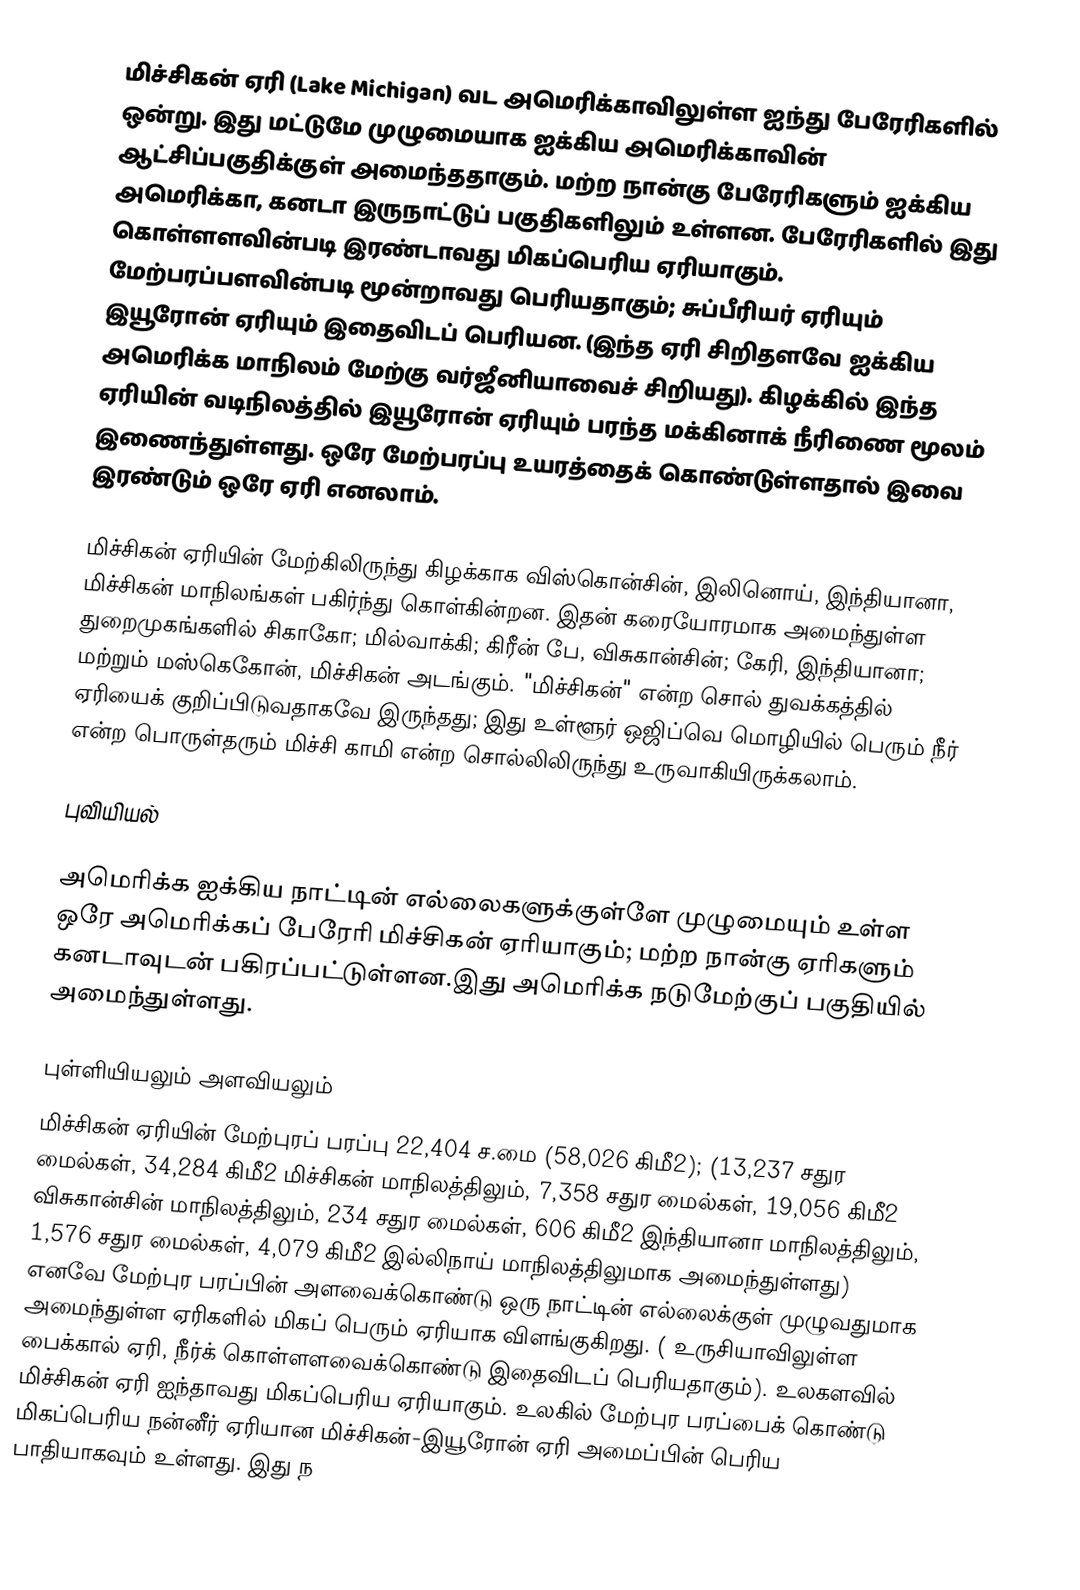
மிச்சிகன் ஏரி (Lake Michigan)  வட அமெரிக்காவிலுள்ள ஐந்து பேரேரிகளில் ஒன்று. இது மட்டுமே முழுமையாக ஐக்கிய அமெரிக்காவின் ஆட்சிப்பகுதிக்குள்  அமைந்ததாகும். மற்ற நான்கு பேரேரிகளும் ஐக்கிய அமெரிக்கா, கனடா இருநாட்டுப் பகுதிகளிலும் உள்ளன. பேரேரிகளில் இது கொள்ளளவின்படி இரண்டாவது மிகப்பெரிய ஏரியாகும். மேற்பரப்பளவின்படி மூன்றாவது பெரியதாகும்; சுப்பீரியர் ஏரியும் இயூரோன் ஏரியும் இதைவிடப் பெரியன.  (இந்த ஏரி சிறிதளவே ஐக்கிய அமெரிக்க மாநிலம்  மேற்கு வர்ஜீனியாவைச் சிறியது). கிழக்கில் இந்த ஏரியின் வடிநிலத்தில் இயூரோன் ஏரியும்  பரந்த மக்கினாக் நீரிணை மூலம் இணைந்துள்ளது. ஒரே மேற்பரப்பு உயரத்தைக் கொண்டுள்ளதால் இவை இரண்டும் ஒரே ஏரி எனலாம்.

மிச்சிகன் ஏரியின் மேற்கிலிருந்து கிழக்காக  விஸ்கொன்சின், இலினொய், இந்தியானா, மிச்சிகன் மாநிலங்கள் பகிர்ந்து கொள்கின்றன. இதன் கரையோரமாக அமைந்துள்ள துறைமுகங்களில்  சிகாகோ; மில்வாக்கி; கிரீன் பே, விசுகான்சின்; கேரி, இந்தியானா; மற்றும் மஸ்கெகோன், மிச்சிகன் அடங்கும். "மிச்சிகன்" என்ற சொல் துவக்கத்தில் ஏரியைக் குறிப்பிடுவதாகவே இருந்தது;  இது உள்ளூர் ஒஜிப்வெ மொழியில் பெரும் நீர் என்ற பொருள்தரும் மிச்சி காமி என்ற சொல்லிலிருந்து உருவாகியிருக்கலாம்.

புவியியல்

அமெரிக்க ஐக்கிய நாட்டின் எல்லைகளுக்குள்ளே  முழுமையும் உள்ள ஒரே அமெரிக்கப் பேரேரி மிச்சிகன் ஏரியாகும்; மற்ற நான்கு ஏரிகளும் கனடாவுடன் பகிரப்பட்டுள்ளன.இது அமெரிக்க நடுமேற்குப் பகுதியில் அமைந்துள்ளது.

புள்ளியியலும்  அளவியலும்
மிச்சிகன் ஏரியின் மேற்புரப் பரப்பு 22,404 ச.மை (58,026 கிமீ2); (13,237 சதுர மைல்கள், 34,284 கிமீ2 மிச்சிகன் மாநிலத்திலும், 7,358 சதுர மைல்கள், 19,056 கிமீ2 விசுகான்சின் மாநிலத்திலும், 234 சதுர மைல்கள், 606 கிமீ2 இந்தியானா மாநிலத்திலும், 1,576 சதுர மைல்கள், 4,079 கிமீ2 இல்லிநாய் மாநிலத்திலுமாக அமைந்துள்ளது) எனவே மேற்புர பரப்பின் அளவைக்கொண்டு ஒரு நாட்டின் எல்லைக்குள் முழுவதுமாக அமைந்துள்ள ஏரிகளில்  மிகப் பெரும் ஏரியாக விளங்குகிறது. ( உருசியாவிலுள்ள பைக்கால் ஏரி, நீர்க் கொள்ளளவைக்கொண்டு  இதைவிடப் பெரியதாகும்). உலகளவில் மிச்சிகன் ஏரி ஐந்தாவது மிகப்பெரிய ஏரியாகும். உலகில் மேற்புர பரப்பைக் கொண்டு மிகப்பெரிய நன்னீர் ஏரியான  மிச்சிகன்-இயூரோன் ஏரி அமைப்பின் பெரிய பாதியாகவும் உள்ளது. இது  ந